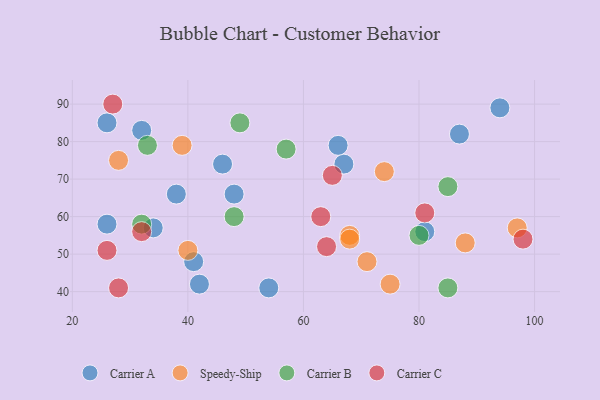
{"axis": {"x": "GDP", "y": "Life Expectancy"}, "legend": ["Carrier A", "Carrier B", "Carrier C", "Speedy-Ship"], "data": [{"x": "42", "y": 42, "type": "Carrier A"}, {"x": "34", "y": 57, "type": "Carrier A"}, {"x": "26", "y": 85, "type": "Carrier A"}, {"x": "67", "y": 74, "type": "Carrier A"}, {"x": "46", "y": 74, "type": "Carrier A"}, {"x": "41", "y": 48, "type": "Carrier A"}, {"x": "48", "y": 66, "type": "Carrier A"}, {"x": "81", "y": 56, "type": "Carrier A"}, {"x": "26", "y": 58, "type": "Carrier A"}, {"x": "38", "y": 66, "type": "Carrier A"}, {"x": "54", "y": 41, "type": "Carrier A"}, {"x": "66", "y": 79, "type": "Carrier A"}, {"x": "94", "y": 89, "type": "Carrier A"}, {"x": "87", "y": 82, "type": "Carrier A"}, {"x": "32", "y": 83, "type": "Carrier A"}, {"x": "97", "y": 57, "type": "Speedy-Ship"}, {"x": "68", "y": 55, "type": "Speedy-Ship"}, {"x": "40", "y": 51, "type": "Speedy-Ship"}, {"x": "74", "y": 72, "type": "Speedy-Ship"}, {"x": "75", "y": 42, "type": "Speedy-Ship"}, {"x": "68", "y": 54, "type": "Speedy-Ship"}, {"x": "39", "y": 79, "type": "Speedy-Ship"}, {"x": "71", "y": 48, "type": "Speedy-Ship"}, {"x": "28", "y": 75, "type": "Speedy-Ship"}, {"x": "88", "y": 53, "type": "Speedy-Ship"}, {"x": "48", "y": 60, "type": "Carrier B"}, {"x": "33", "y": 79, "type": "Carrier B"}, {"x": "49", "y": 85, "type": "Carrier B"}, {"x": "85", "y": 68, "type": "Carrier B"}, {"x": "32", "y": 58, "type": "Carrier B"}, {"x": "80", "y": 55, "type": "Carrier B"}, {"x": "85", "y": 41, "type": "Carrier B"}, {"x": "57", "y": 78, "type": "Carrier B"}, {"x": "98", "y": 54, "type": "Carrier C"}, {"x": "65", "y": 71, "type": "Carrier C"}, {"x": "64", "y": 52, "type": "Carrier C"}, {"x": "63", "y": 60, "type": "Carrier C"}, {"x": "27", "y": 90, "type": "Carrier C"}, {"x": "32", "y": 56, "type": "Carrier C"}, {"x": "26", "y": 51, "type": "Carrier C"}, {"x": "28", "y": 41, "type": "Carrier C"}, {"x": "81", "y": 61, "type": "Carrier C"}]}